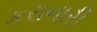
કરાનારી